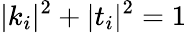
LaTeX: |k_{i}|^{2}+|t_{i}|^{2}=1